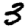
Digit: 3